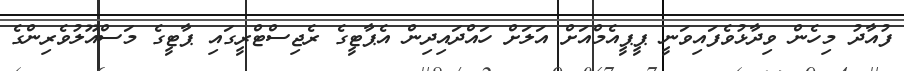
ފުއާދު މިހެން ވިދާޅުވެފައިވަނީ ޕީޕީއެމްއަށް އަލަށް ހައްދައިދިން އެޕާޓީގެ ރެޖިސްޓްރީގައި ޕާޓީގެ މަސްއޫލުވެރިންގެ